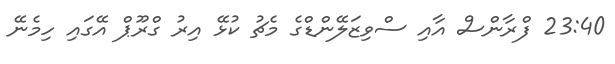
23:40 ފްރާންސް އާއި ސްވިޒަލޭންޑްގެ މެޗު ކުޅޭ އިރު ގްރޫޕް އޭގައި ހިމެނޭ